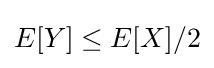
E[Y]\leq E[X]/2